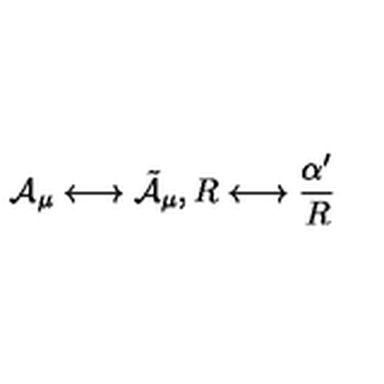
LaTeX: { \cal A } _ { \mu } \longleftrightarrow \tilde { \cal A } _ { \mu } , R \longleftrightarrow \frac { \alpha ^ { \prime } } { R }